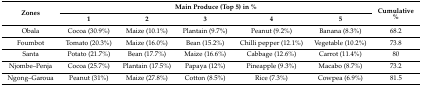
| <ROWSPAN=2> Zones | <COLSPAN=5> Main Produce (Top 5) in % | <ROWSPAN=2> Cumulative % |
 | 1 | 2 | 3 | 4 | 5 |
 | --- | --- | --- | --- | --- | --- | --- |
 | Obala | Cocoa (30.9%) | Maize (10.1%) | Plantain (9.7%) | Peanut (9.2%) | Banana (8.3%) | 68.2 |
 | Foumbot | Tomato (20.3%) | Maize (16.0%) | Bean (15.2%) | Chilli pepper (12.1%) | Vegetable (10.2%) | 73.8 |
 | Santa | Potato (21.7%) | Bean (17.7%) | Maize (16.6%) | Cabbage (12.6%) | Carrot (11.4%) | 80 |
 | Njombe–Penja | Cocoa (25.7%) | Plantain (17.5%) | Papaya (12%) | Pineapple (9.3%) | Macabo (8.7%) | 73.2 |
 | Ngong–Garoua | Peanut (31%) | Maize (27.8%) | Cotton (8.5%) | Rice (7.3%) | Cowpea (6.9%) | 81.5 |